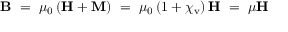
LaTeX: \mathbf { B } \ = \ \mu _ { 0 } \left( \mathbf { H } + \mathbf { M } \right) \ = \ \mu _ { 0 } \left( 1 + \chi _ { \mathrm { v } } \right) \mathbf { H } \ = \ \mu \mathbf { H }